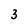
Character: 3